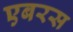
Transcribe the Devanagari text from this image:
एबरस